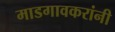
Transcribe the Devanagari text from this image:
माडगावकरांनी